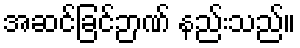
အဆင်ခြင်ဉာဏ် နည်းသည်။